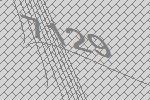
7129